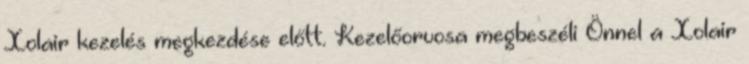
Xolair kezelés megkezdése előtt. Kezelőorvosa megbeszéli Önnel a Xolair